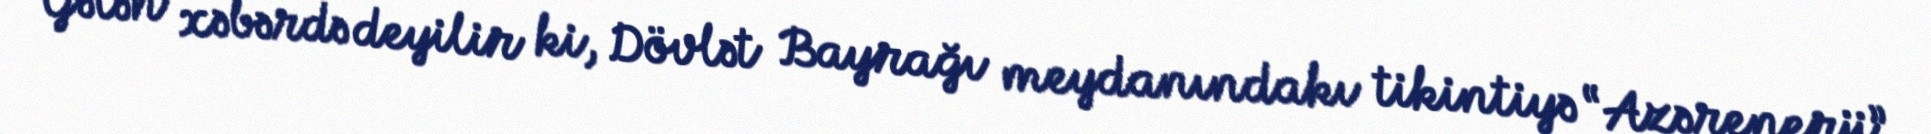
Gələn xəbərdə deyilir ki, Dövlət Bayrağı meydanındakı tikintiyə “Azərenerji”